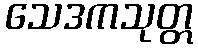
သေဒကသုတ္တ